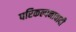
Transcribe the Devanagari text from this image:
परिकल्पनावादी